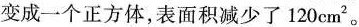
变成一个正方体，表面积减少了120cm^{2}。